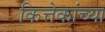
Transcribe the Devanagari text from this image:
कित्तेकांच्या